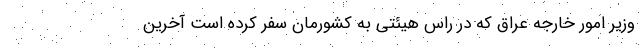
وزیر امور خارجه عراق که در راس هیئتی به کشورمان سفر کرده است آخرین